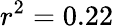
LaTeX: r^{2}=0.22